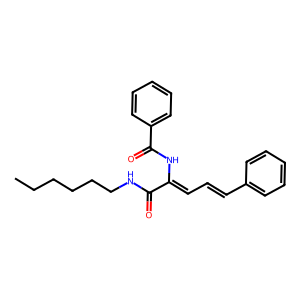
SMILES: CCCCCCNC(=O)C(=CC=Cc1ccccc1)NC(=O)c1ccccc1
Inhibits HIV replication: No